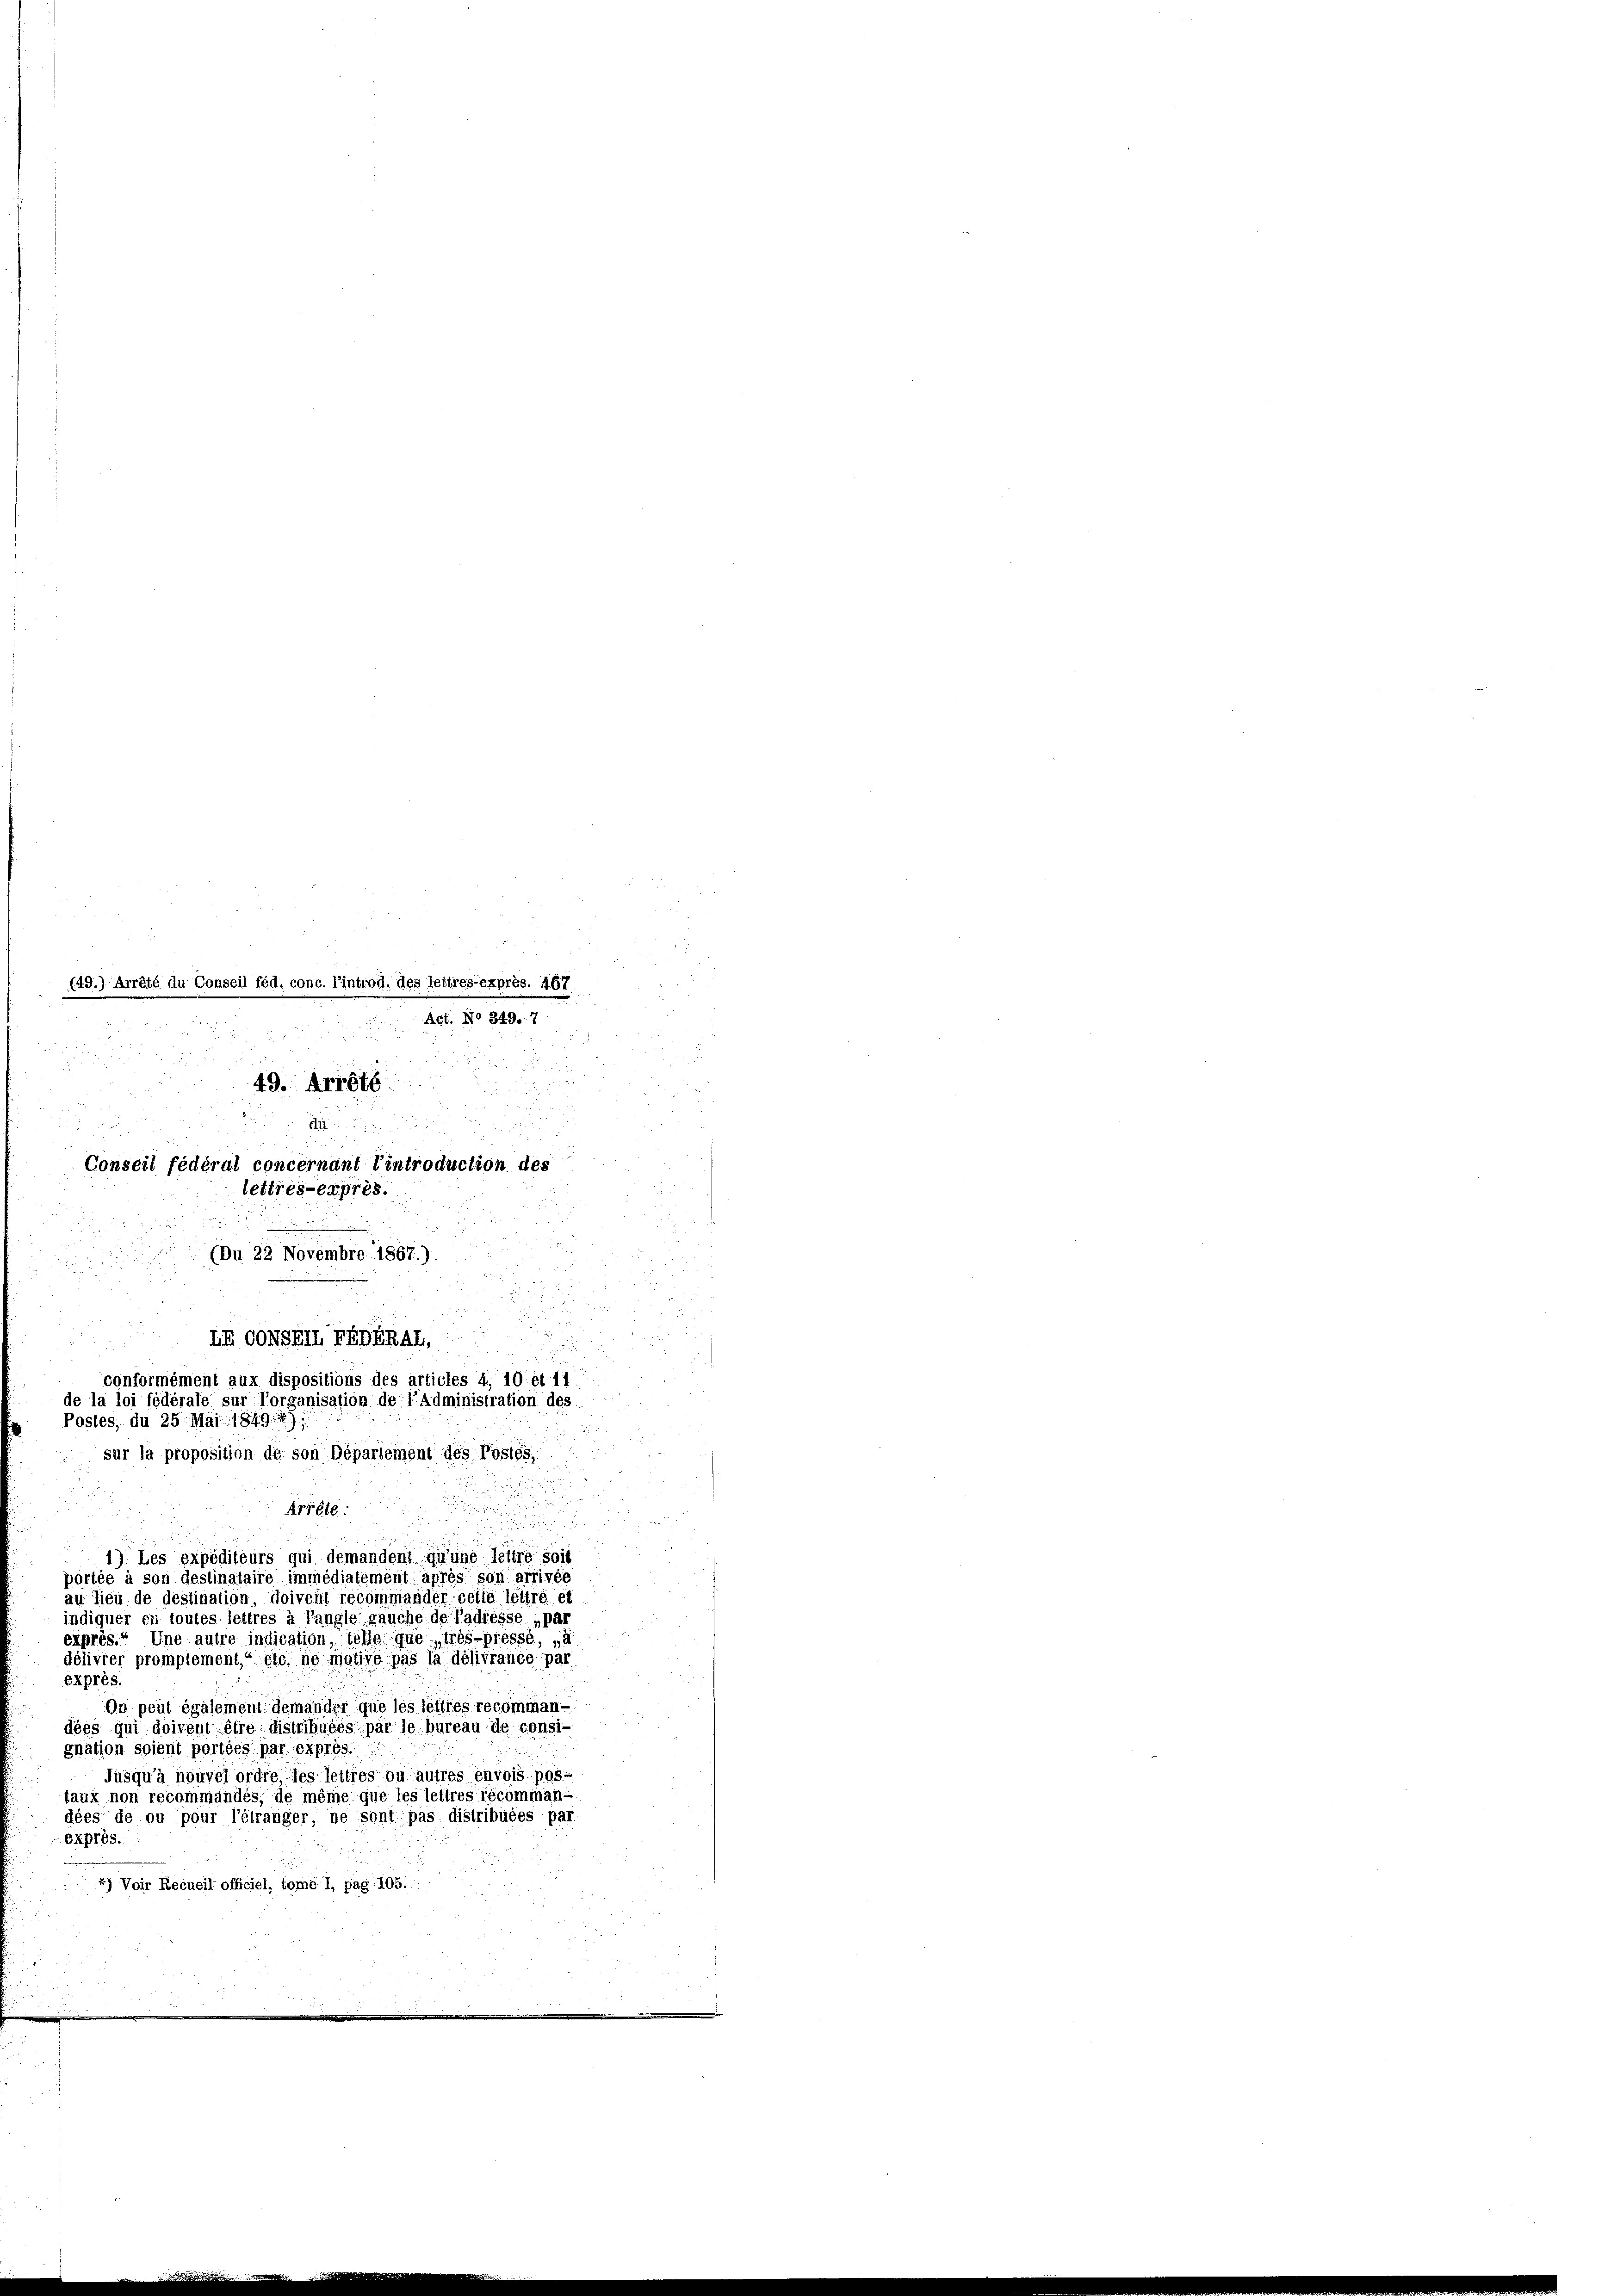
(49.) Arrêté du Conseil féd. conc. l’introd. des lettres exprès. 467
Act. No 349. 7
 8
49. Arreté

2
Conseil fédéral concernant Eintroduction des
lettres-exprès.
(Du 22 Novembre 1867.)

LR OONSELFEDERAL,
conformément aux dispositions des articles 4, 10: et 11
de la loi fédérale sur Vorganisation de l’administration des
Postes, du 25. Mai 1849. 7);
sur la proposition de son Département des Postes,
Ariste

u
1) Les expéditeurs qui demandent qu’une lettre soit
portée à son destinataire immédiatement après son arrivée
au lieu de destination, doivent recommander celle lettre et
indiquer en toutes lettres à langle gauche de Padiesse „Par
exprès.“ Une autre indication, telle que trés-pressé, „à
délivrer promplement,“ etc. ne motive pas la délivrance par
exprès
On peut égasement demander que les leitres recommandées qui doivent être distribuées par le bureau de consi-
gnation spient portées par expres.
Jusqu’à nouvel ordre, les lettres ou autres envois pos-
taux non recommandés, de même que les lettres récommandées de ou pour l’étranger, ne sont pas distribuées par
exprès.
4) Voir Recueil officiel, tomé I, pag 105.